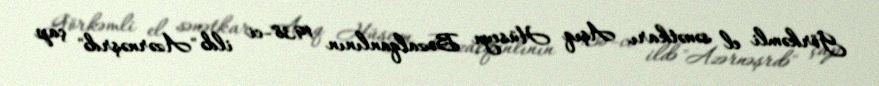
Görkəmli el sənətkarı Aşıq Hüseyn Bozalqanlının 1938-ci ildə "Azərnəşrdə" çap